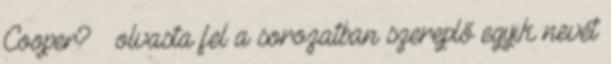
Cooper? – olvasta fel a sorozatban szereplő egyik nevét